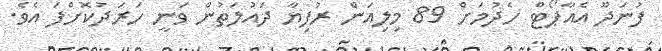
ފުނަދޫ އެއާޕޯޓް ހެދުމަށް 89 މިލިއަން ރުފިޔާ ދައުލަތުން ވަނީ ހަރަދުކޮށްފަ އެވެ.